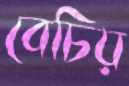
বেচিয়